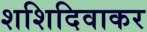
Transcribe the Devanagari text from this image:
शशिदिवाकर